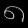
Digit: ၈